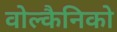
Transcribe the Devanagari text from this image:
वोल्कैनिको